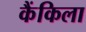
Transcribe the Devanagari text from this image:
कैंकिला